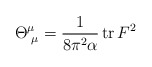
\begin{align*}\Theta^{\mu}_{\hskip1mm\mu}=\frac{1}{8\pi^2\alpha}\,{\rm tr}\,F^2\end{align*}